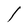
Character: l